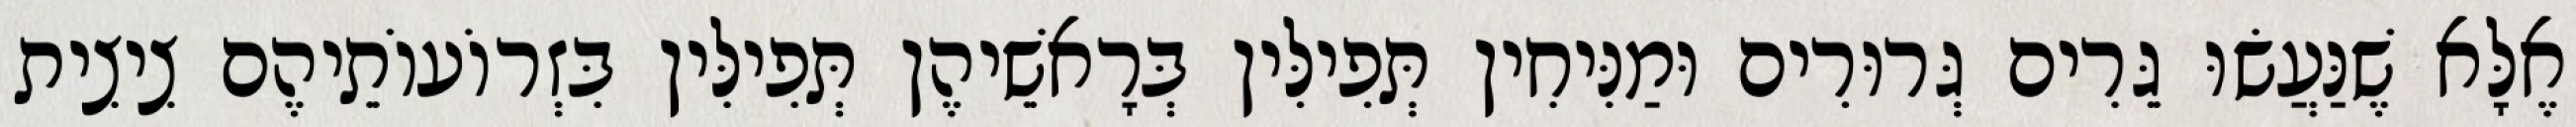
אֶלָּא שֶׁנַּעֲשׂוּ גֵּרִים גְּרוּרִים וּמַנִּיחִין תְּפִילִּין בְּרָאשֵׁיהֶן תְּפִילִּין בִּזְרוֹעוֹתֵיהֶם צִיצִית